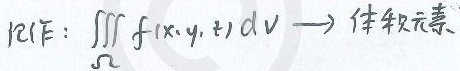
$$
\text{PEF}:\iiint_{\Omega} f(x,y,z) \mathrm{d}V \to \text{体积元素}
$$